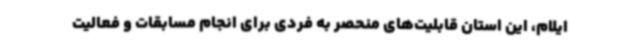
ایلام، این استان قابلیت‌های منحصر به فردی برای انجام مسابقات و فعالیت